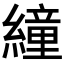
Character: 𦅅